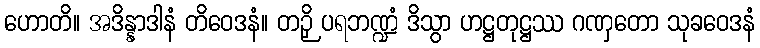
ဟောတိ။ အဒိန္နာဒါနံ တိဝေဒနံ။ တဉှိ ပရဘဏ္ဍံ ဒိသွာ ဟဋ္ဌတုဋ္ဌဿ ဂဏှတော သုခဝေဒနံ